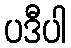
ပဒီပါ